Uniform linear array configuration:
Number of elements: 8
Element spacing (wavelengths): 1
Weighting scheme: binomial
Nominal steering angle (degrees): -30
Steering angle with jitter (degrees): -28.415
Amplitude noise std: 0.05
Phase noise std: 0.05

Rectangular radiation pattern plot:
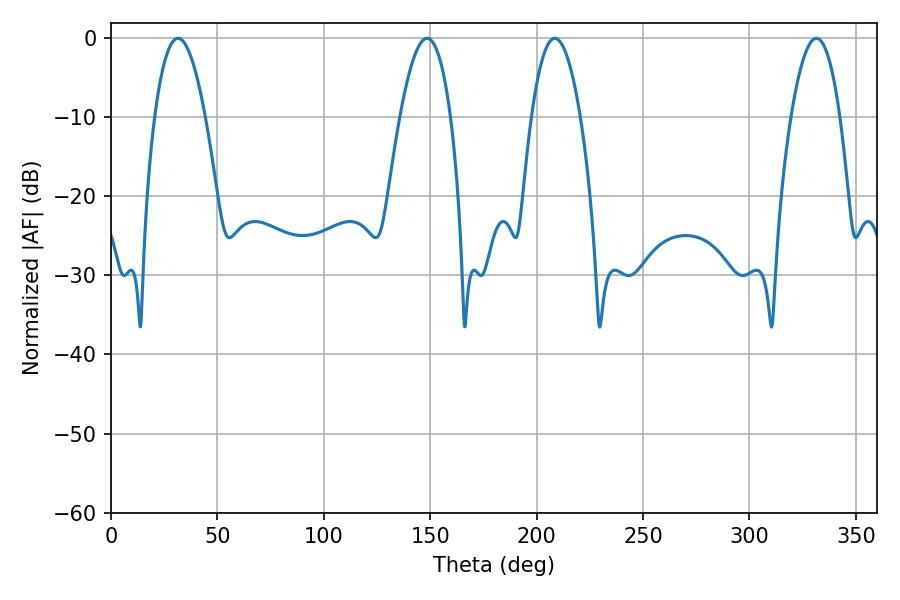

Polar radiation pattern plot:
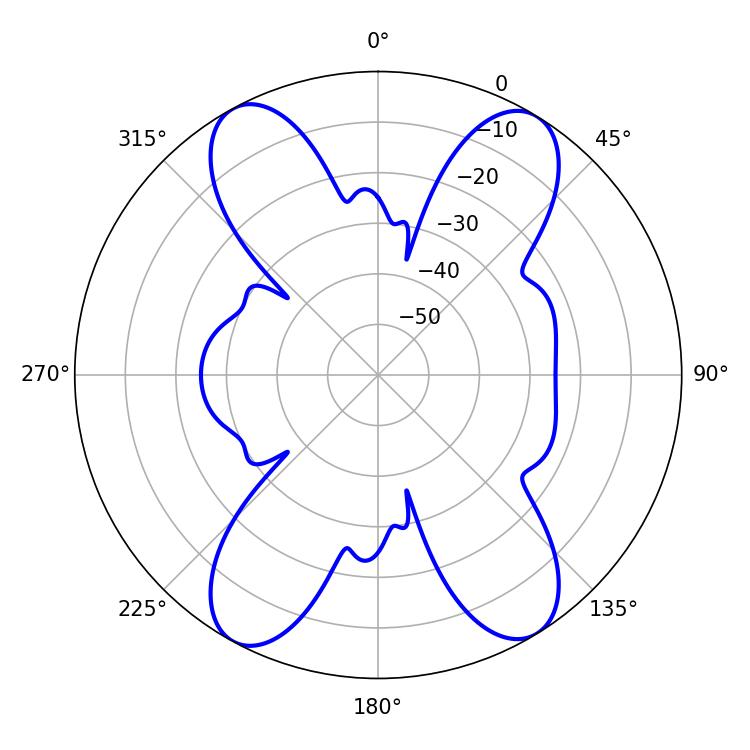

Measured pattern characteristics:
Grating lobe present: TRUE
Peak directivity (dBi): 17.72
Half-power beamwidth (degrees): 13.14
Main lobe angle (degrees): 148.5